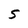
Character: S